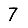
Digit: 7